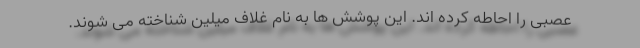
عصبی را احاطه کرده اند. این پوشش ها به نام غلاف میلین شناخته می شوند.